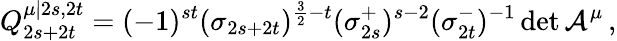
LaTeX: Q_{2s+2t}^{\mu|2s,2t}=(-1)^{st}(\sigma_{2s+2t})^{\frac{3}{2}-t}(\sigma_{2s}^{+})^{s-2}(\sigma_{2t}^{-})^{-1}\operatorname*{det}\mathcal{A}^{\mu}\mathcal{\, },